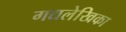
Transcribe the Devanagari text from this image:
गद्यलेखिका